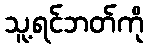
သူ့ရင်ဘတ်ကို